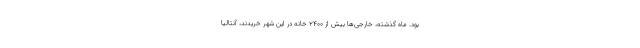
بود. ماه گذشته، خارجی‌ها بیش از ۲۴۰۰ خانه در این شهر خریدند، آنتالیا